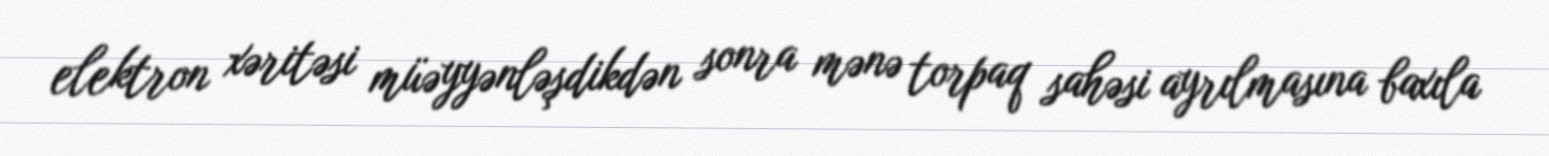
elektron xəritəsi müəyyənləşdikdən sonra mənə torpaq sahəsi ayrılmasına baxıla